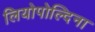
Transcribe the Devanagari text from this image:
लियोपोल्दिना